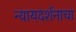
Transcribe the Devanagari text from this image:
न्यायदर्शनाचा